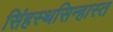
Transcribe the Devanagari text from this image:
सिंहस्थसिन्हास्त